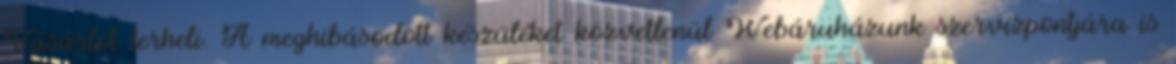
Vásárlót terheli. A meghibásodott készüléket közvetlenül Webáruházunk szervizpontjára is